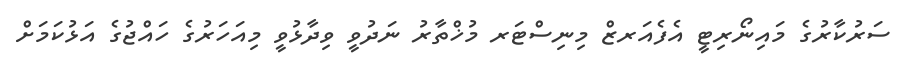
ސަރުކާރުގެ މައިނޯރިޓީ އެފެއަރޒް މިނިސްޓަރ މުޚްތާރު ނަދުވީ ވިދާޅުވީ މިއަހަރުގެ ހައްޖުގެ އަޅުކަމަށް